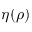
\eta ( \rho )